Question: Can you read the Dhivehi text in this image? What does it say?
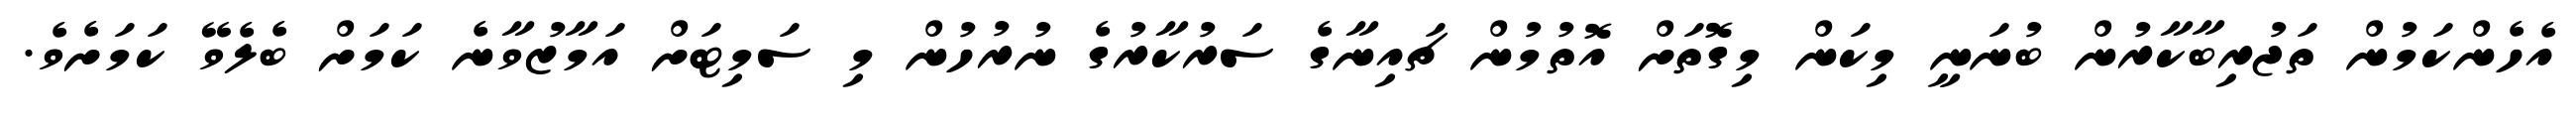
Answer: އެހެންކަމުން ތަޖުރިބާކާރުން ބުނަނީ މިކަން މިގޮތަށް އޮތުމުން ޗައިނާގެ ސަރުކާރުގެ ނުރުހުން މި ސަމިޓަށް އަމާޒުވާނެ ކަމަށް ބެލެވޭ ކަމަށެވެ.